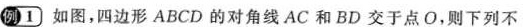
例1如图，四边形ABCD的对角线AC和BD交于点O，则下列不